Vaccination United Provinces of Agra and Oudh 1923-1928 - 1923-1928
Year: 1923
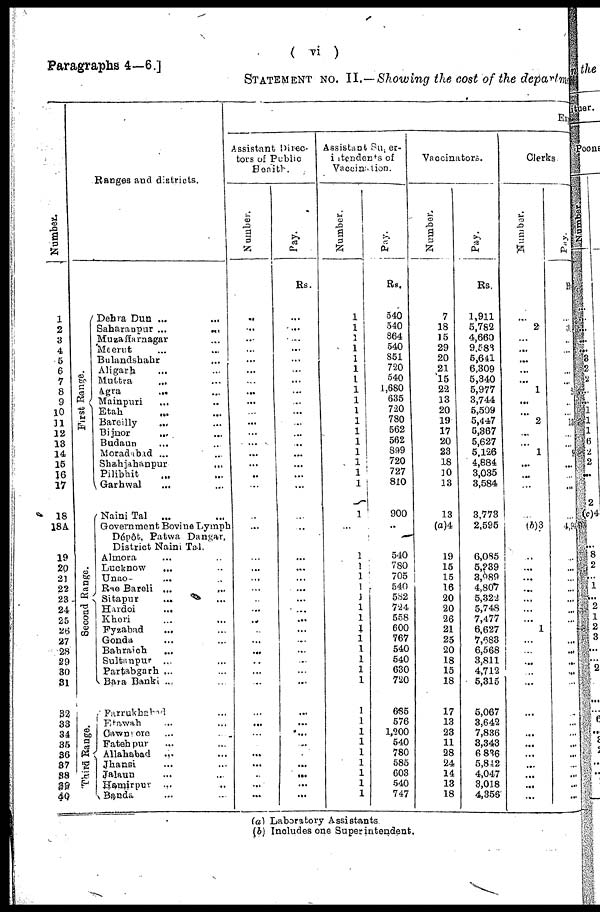
(
vi
)
Paragraphs 4—6.]
STATEMENT NO. II.—Showing the cost of the department
Number.
1
2
3
4
5
6
7
8
9
10
11
12
13
14
15
16
17
18
18A
19
20
21
22
23
24
25
26
27
28
29
30
31
32
33
34
35
36
37
38
39
40
Ranges and districts.
First Range.
Second Range.
Third Range.
Dehra Dun ... ...
Saharanpur ...
...
Muzaffarnagar ... ...
Meerut ... ...
Bulandshahr ... ...
Aligarh ... ...
Muttra ... ...
Agra ... ...
Mainpuri ... ...
Etah ... ...
Bareilly ... ...
Bijnor ... ...
Budaun ... ...
Moradabad ... ...
Shahjahanpur ... ...
Pilibhit ... ...
Garhwal ... ...
Naini Tal ... ...
Government Bovine Lymph
Dépôt. Patwa Dangar.
District Naini Tal.
Almora ... ...
Lucknow ... ...
Unao ... ...
Rae Bareli ... ...
Sitapur
... ...
Hardoi ... ...
Kheri ... ...
Fyzabad ... ...
Gonda ... ...
Bahraich ... ...
Sultanpur
... ...
Partabgarh ... ...
Bara Banki ... ...
Farrukhabad ... ...
Etawah ... ...
Cawnpore ... ...
Fatehpur ... ...
Allahabad
... ...
Jhansi ... ...
Jalaun ... ...
Hamirpur
... ...
Banda ... ...
Exp
Assistant Direc¬
tors of Public
Health.
Number.
...
...
...
...
...
...
...
...
...
...
...
...
...
...
...
...
...
...
...
...
...
...
...
...
...
...
...
...
...
...
...
...
...
...
...
...
...
...
...
...
...
Pay.
Rs.
...
...
...
...
...
...
...
...
...
...
...
...
...
...
...
...
...
...
...
...
...
...
...
...
...
...
...
...
...
...
...
...
...
...
...
...
...
...
...
...
Assistant Super¬
intendents of
Vaccination.
Number.
1
1
1
1
1
1
1
1
1
1
1
1
1
1
1
1
1
1
...
1
1
1
1
1
1
1
1
1
1
1
1
1
1
1
1
1
1
1
1
1
1
Pay.
Rs.
540
540
864
540
851
720
540
1,680
635
720
780
562
562
899
720
727
810
900
...
540
780
705
540
582
724
558
600
767
540
540
630
720
685
576
1,200
540
780
585
603
540
747
Vaccinators.
Number.
7
18
15
29
20
21
15
22
13
20
19
17
20
23
18
10
13
13
(a)4
19
15
15
16
20
20
26
21
25
20
18
15
18
17
13
23
11
28
24
14
13
18
Pay.
Rs.
1,911
5,782
4,660
9,583
5,641
6,309
5,340
5,977
3,744
5,509
5,447
5,367
5,627
5,126
4,884
3,035
3,584
3,773
2,595
6,085
5,239
3,989
4,807
5,322
5,748
7,477
6,627
7,683
6,568
3,811
4,712
5,315
5,067
3,642
7,836
3,343
6,836
5,842
4,047
3,018
4,356
Clerks.
Number.
...
2
...
...
...
...
...
1
...
...
2
...
...
1
...
...
...
...
(b)3
...
...
...
...
...
...
...
1
...
...
...
...
...
...
...
...
...
...
...
...
...
...
Pay.
Rs.
...
3
...
...
...
...
...
2
...
...
13
...
...
9
...
...
...
...
4,9
...
...
...
...
...
...
...
...
...
...
...
...
...
...
...
...
...
...
...
...
...
...
(a) Laboratory Assistants.
(b) Includes one Superintendent.